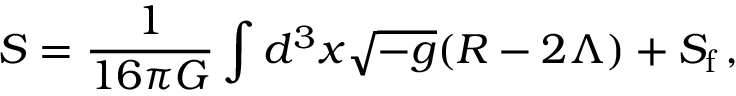
S = \frac { 1 } { 1 6 \pi G } \int d ^ { 3 } x \sqrt { - g } ( R - 2 \Lambda ) + S _ { \mathrm { f } } \, ,